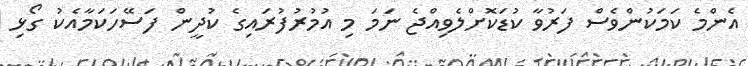
އެންމެ ކަމަކުންވެސް ފަރުވާ ކުޑަކޮށްލެވިއްޖެ ނަމަ މި އުމުރުފުރައިގެ ކުދީން ފަސޭހަކަމާއެކު ގޯޅި